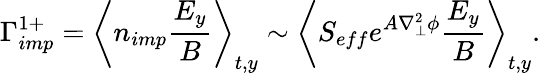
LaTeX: \Gamma_{imp}^{1+}=\left\langle n_{imp}\frac{E_{y}}{B}\right\rangle_{t,y}\sim\left\langle S_{eff}e^{A\nabla_{\perp}^{2}\phi}\frac{E_{y}}{B}\right\rangle_{t,y}.